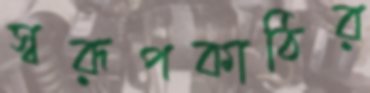
স্বরূপকাঠির